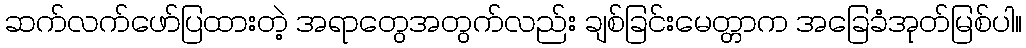
ဆက်လက်ဖော်ပြထားတဲ့ အရာတွေအတွက်လည်း ချစ်ခြင်းမေတ္တာက အခြေခံအုတ်မြစ်ပါ။